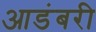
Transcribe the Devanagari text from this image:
आडंबरी